38_143685_box7_Incident_Summaries_1-100
Agency: Department of War
Page 94
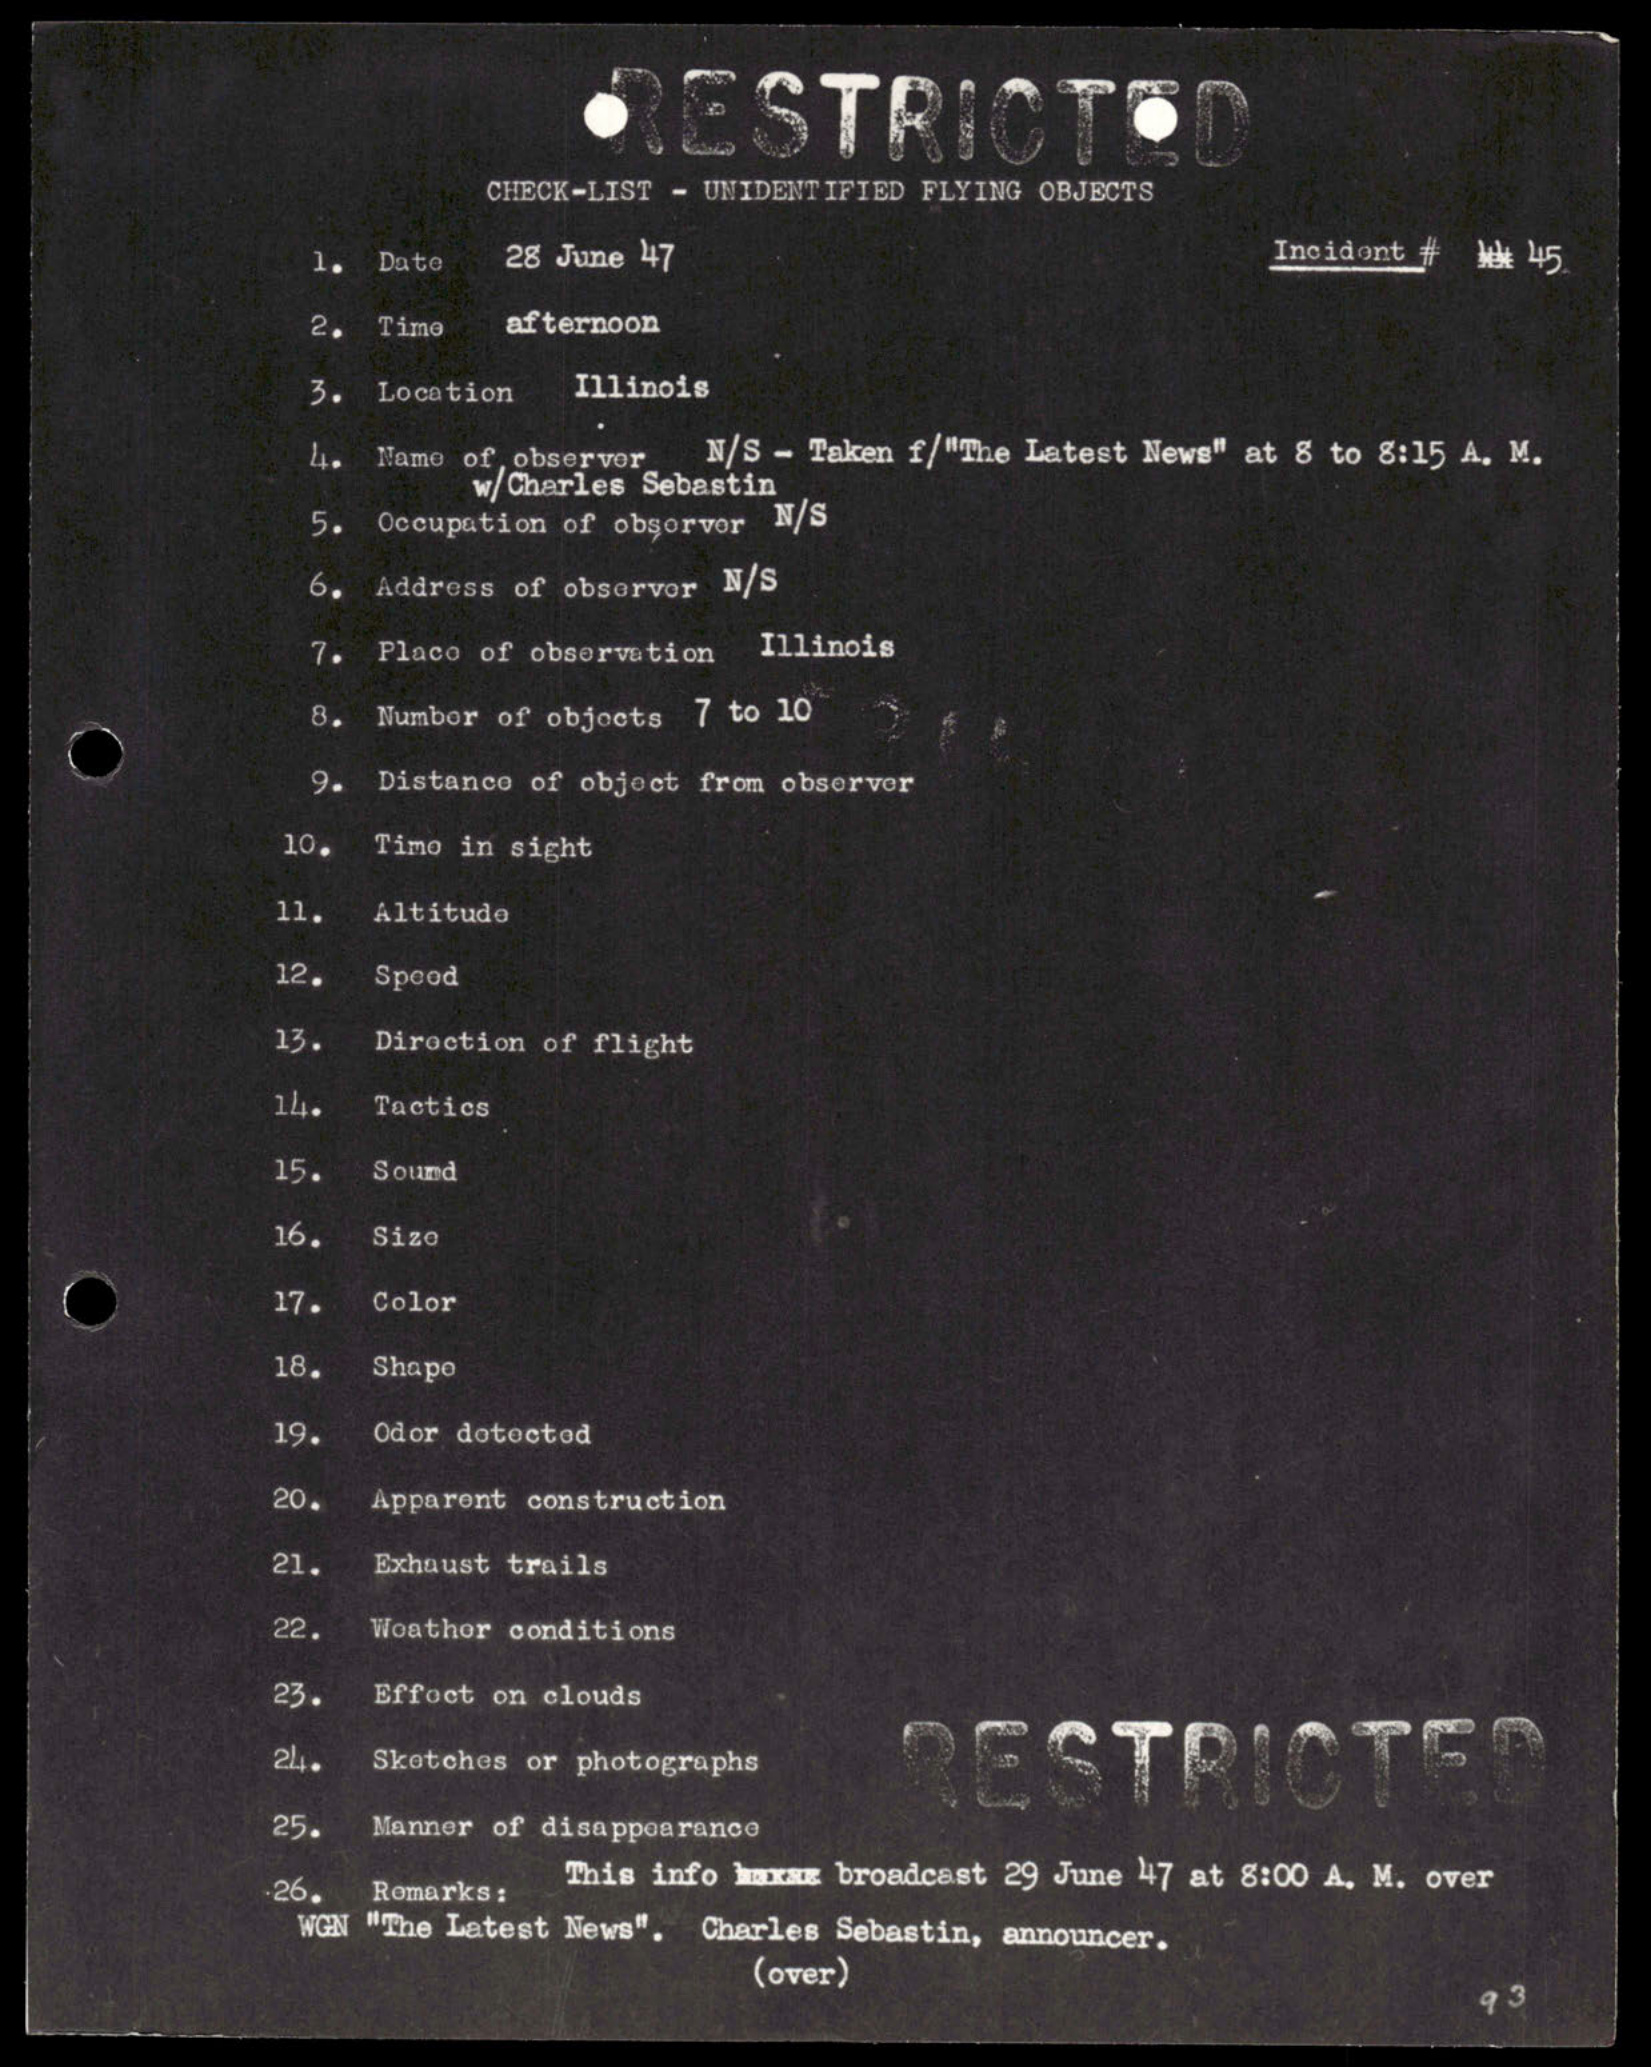